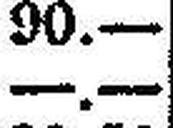
—.—